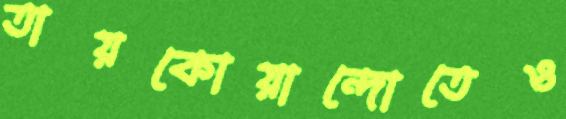
তায়কোয়ান্দোতেও